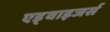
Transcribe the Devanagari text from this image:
एड्वाइजर्स